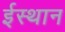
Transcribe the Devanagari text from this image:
ईस्थान